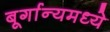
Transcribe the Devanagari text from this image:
बूर्गान्यमध्ये